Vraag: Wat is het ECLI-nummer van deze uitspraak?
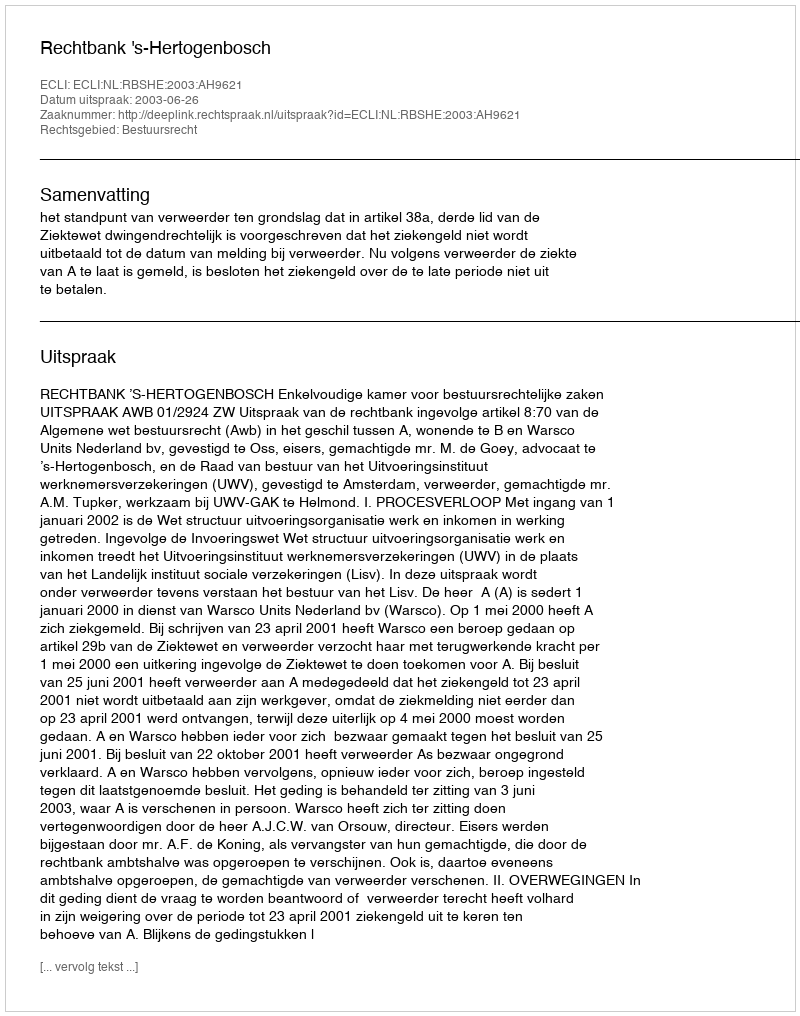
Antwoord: ECLI:NL:RBSHE:2003:AH9621